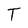
Character: T